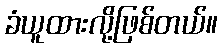
ခံယူထားလို့ဖြစ်တယ်။